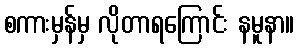
စကားမှန်မှ လိုတာရကြောင်း နမူနာ။